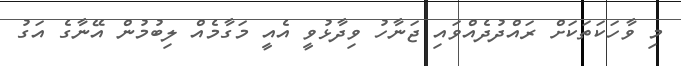
މި ވާހަކަތަކަށް ރައްދުދެއްވައި ޖަނާހު ވިދާޅުވީ އެއީ މަގާމެއް ލިބުމުން އޭނާގެ އަގު